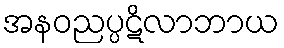
အနဝညပ္ပဋိလာဘာယ